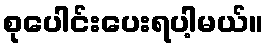
စုပေါင်းပေးရပါ့မယ်။